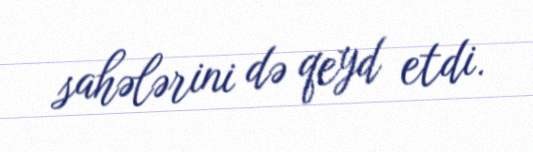
sahələrini də qeyd etdi.